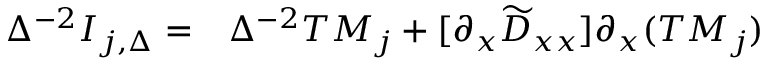
\begin{array} { r l } { \Delta ^ { - 2 } I _ { j , \Delta } = } & { { } \Delta ^ { - 2 } T M _ { j } + [ \partial _ { x } \widetilde { D } _ { x x } ] \partial _ { x } ( T M _ { j } ) } \end{array}